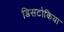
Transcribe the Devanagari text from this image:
डिसटोकिया